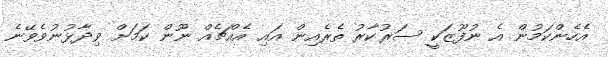
އެހެންކަމުން އެ ނުފޫޒަކީ ސަރުކާރު ތެރެއިން އައި އެއްޗެއް ނޫން ކަމަށް ވިދާޅުނުވެވޭނެ